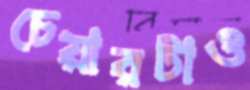
চেয়ারটাও